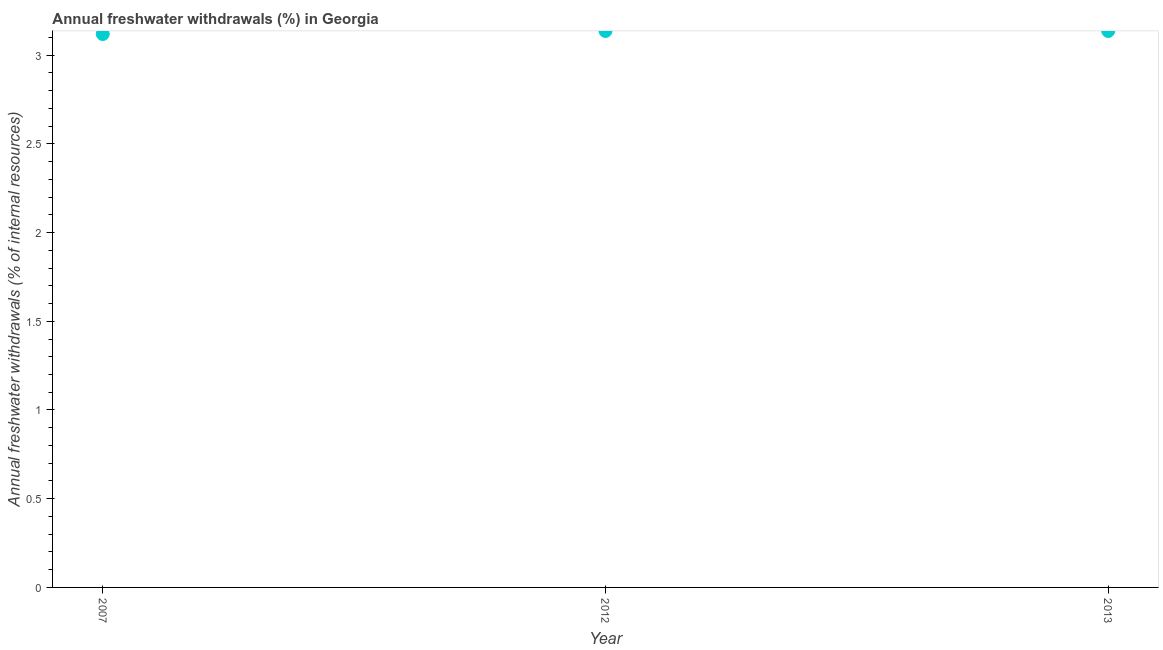
| Year | Annual freshwater withdrawals |
 | --- | --- |
 | 2007 | 3.12 |
 | 2012 | 3.14 |
 | 2013 | 3.14 |